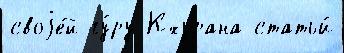
своjе́й гу́ру Кхурана статьи́